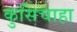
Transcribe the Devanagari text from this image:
कुसिचाहा